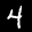
Label: 4